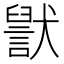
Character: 𬍊